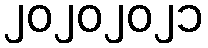
၂၀၂၀၂၀၂၁